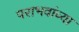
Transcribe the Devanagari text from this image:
पराभवांच्या